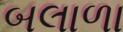
બલાળા